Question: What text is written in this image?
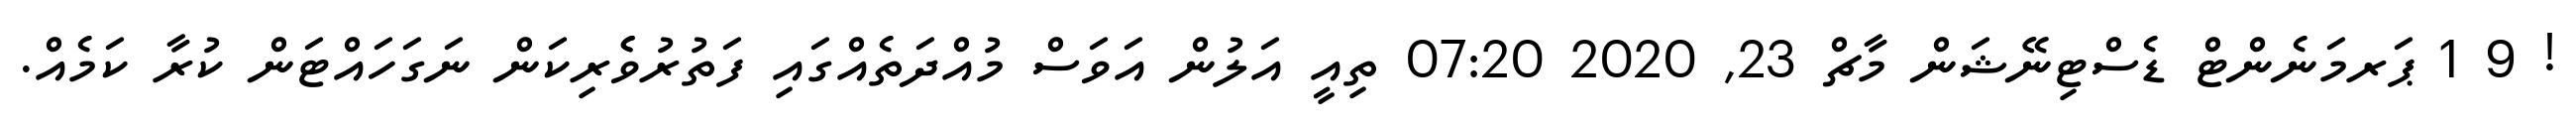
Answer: ! 9 1 ޕަރމަނެންޓް ޑެސްޓިނޭޝަން މާޗް 23, 2020 07:20 ތިއީ އަލުން އަވަސް މުއްދަތެއްގައި ފަތުރުވެެރިކަން ނަގަހައްޓަން ކުރާ ކަމެއް.